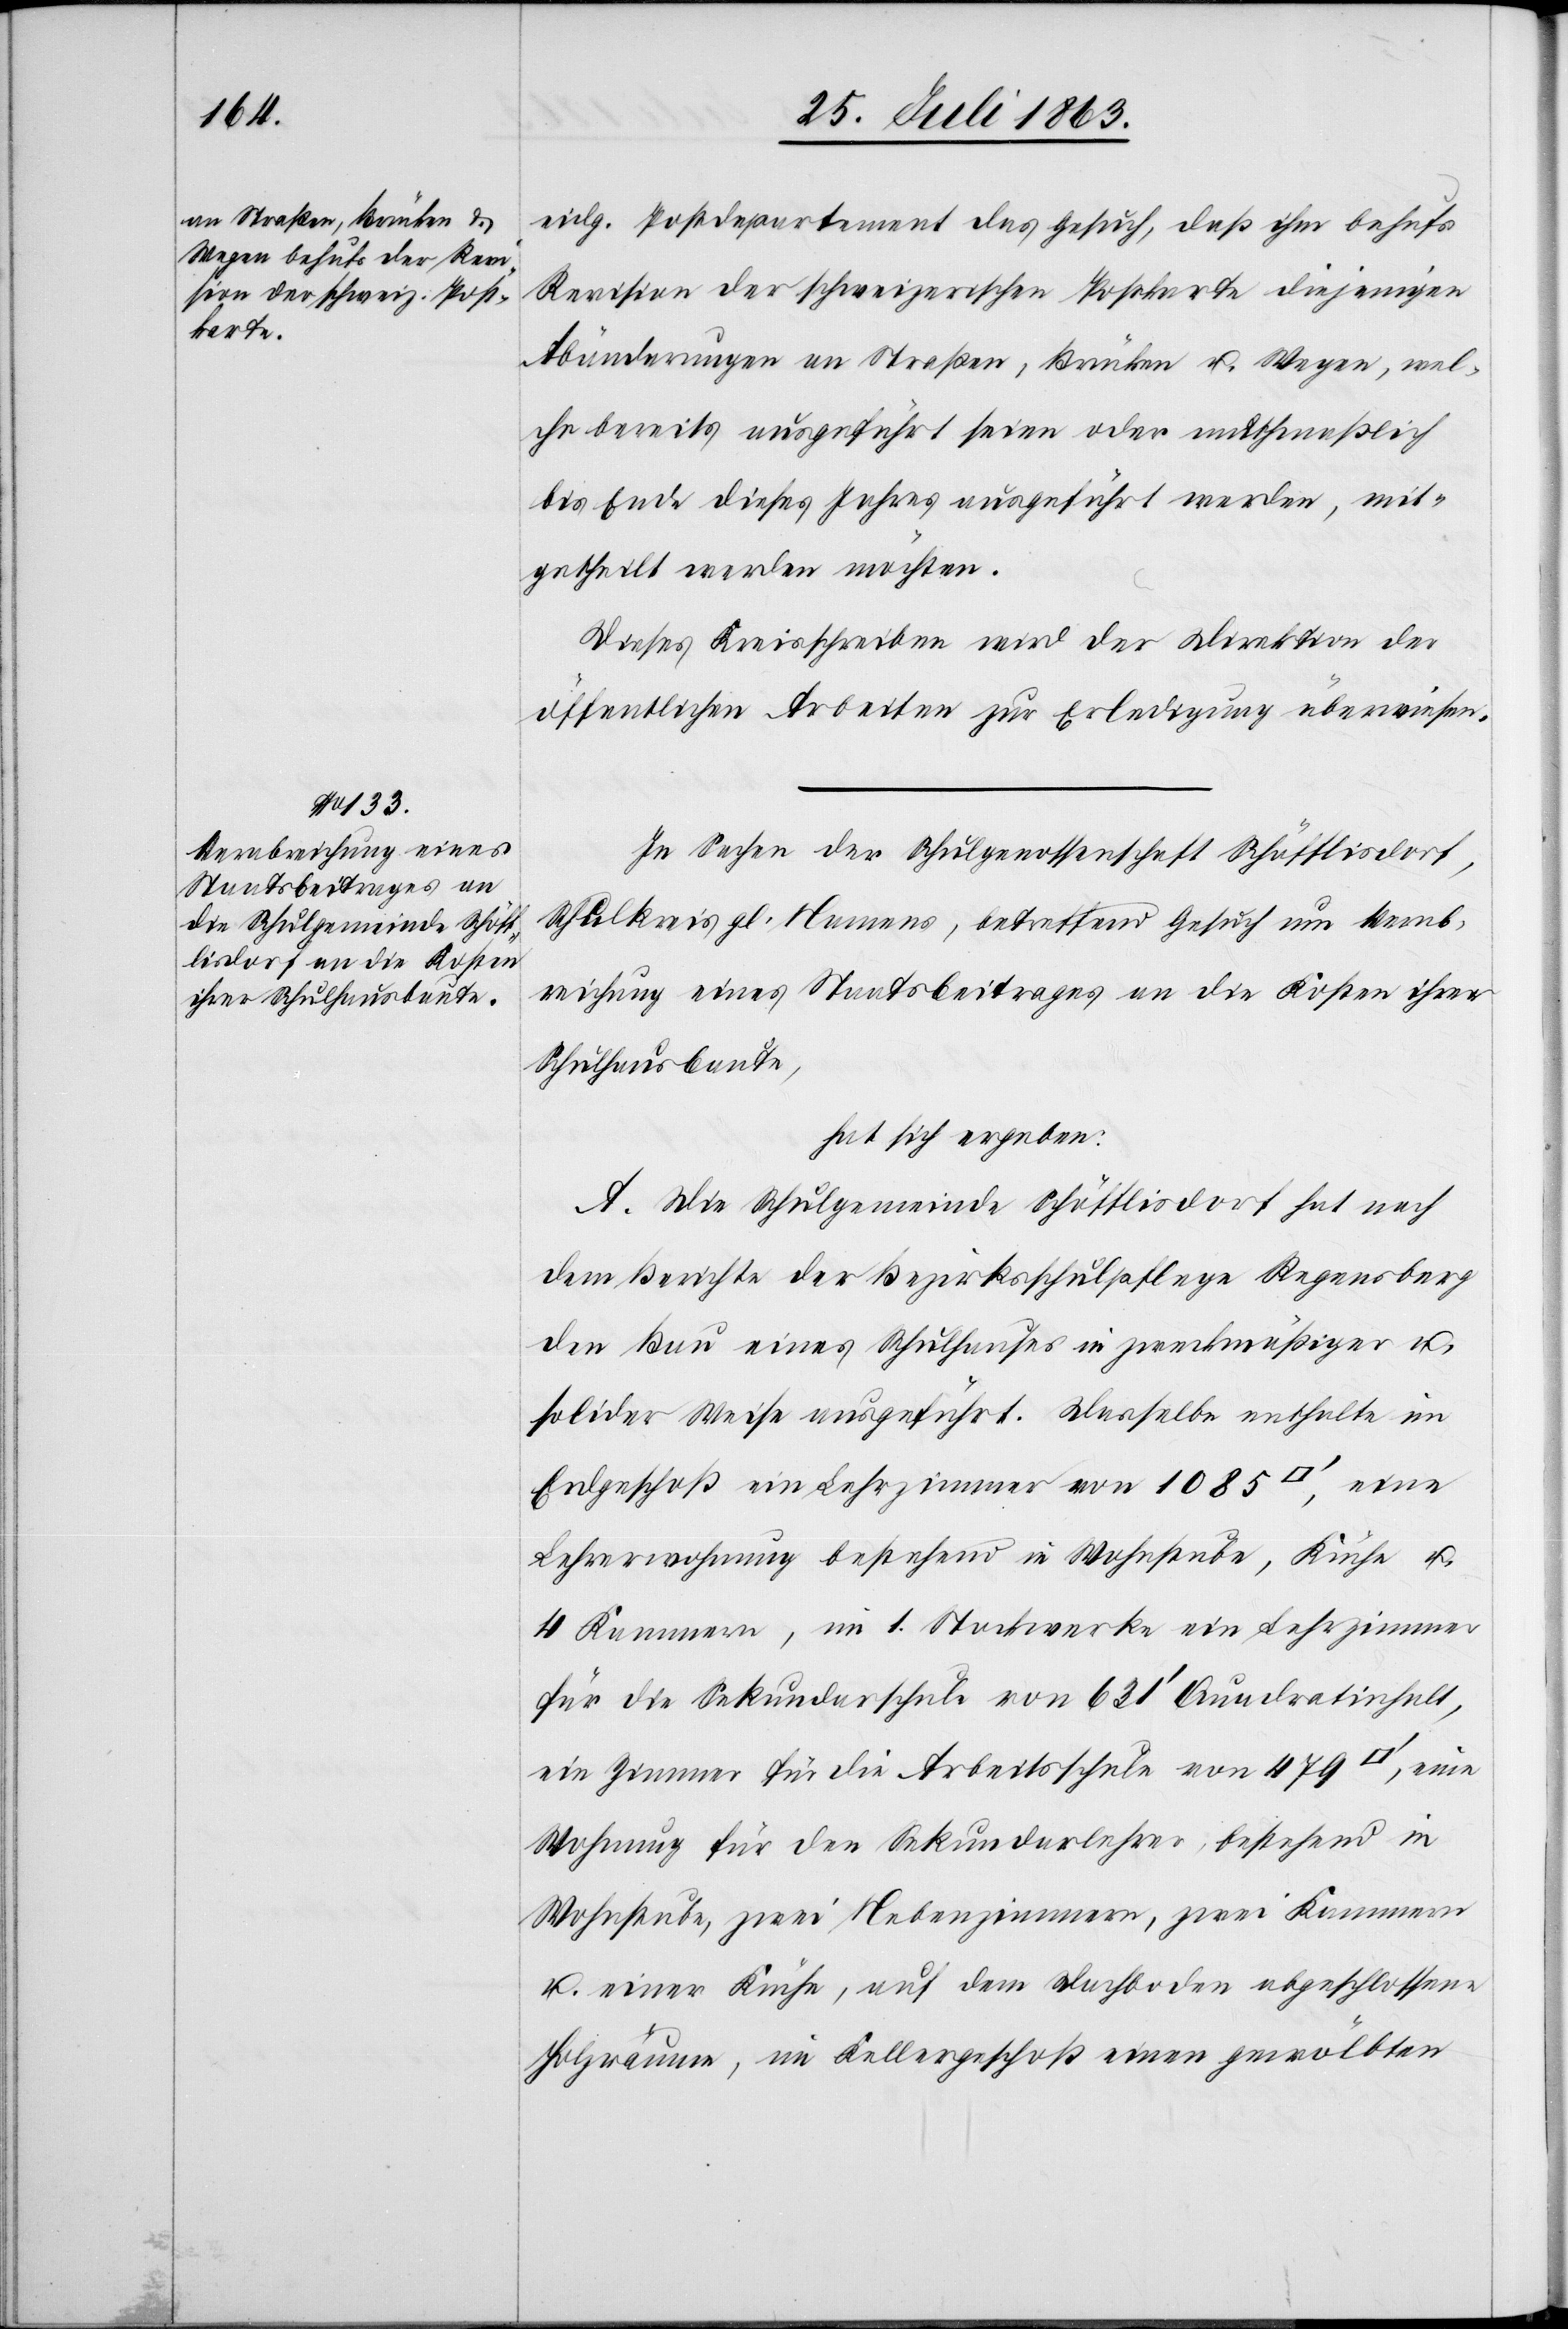
eidg. Postdepartement das Gesuch, daß ihm behufs
Revision der schweizerischen Postkarte diejenigen
Abänderungen an Straßen, Brücken u. Wegen, wel¬
che bereits ausgeführt seien oder muthmaßlich
bis Ende dieses Jahres ausgeführt werden, mit¬
gehteilt werden möchten.
Dieses Kreisschreiben wird der Direktion der
öffentlichen Arbeiten zur Erledigung überwiesen.
In Sachen der Schulgenossenschaft Schöfflisdorf,
Schulkreis gl. Namens, betreffend Gesuch um Verab¬
reichung eines Staatsbeitrages an die Kosten ihrer
Schulhausbaute,
hat sich ergeben:
A. Die Schulgemeinde Schöfflisdorf hat nach
dem Berichte der Bezirksschulpflege Regensberg
den Bau eines Schulhauses in zweckmäßiger u.
solider Weise ausgeführt. Dasselbe enthalte im
Erdgeschoß ein Lehrzimmer von 1085 [Quadratfuss], eine
Lehrerwohnung bestehend in Wohnstube, Küche u.
4 Kammern, im 1. Stockwerke ein Lehrzimmer
für die Sekundarschule von 631' Quadratinhalt,
ein Zimmer für die Arbeitsschule von 479
Wohnung für den Sekundarlehrer, bestehend in
Wohnstube, zwei Nebenzimmern, zwei Kammern
u. einer Küche, auf dem Dachboden abgeschlossene
Holzräume, im Kellergeschoß einen gewölbten